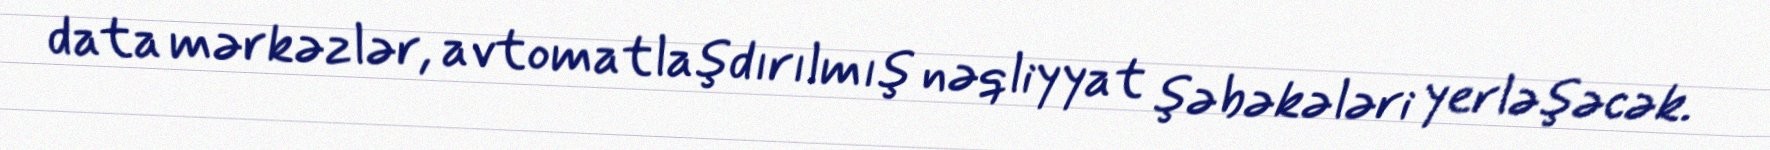
data mərkəzlər, avtomatlaşdırılmış nəqliyyat şəbəkələri yerləşəcək.